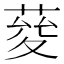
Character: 𦴅